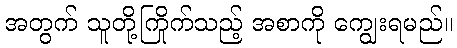
အတွက် သူတို့ကြိုက်သည့် အစာကို ကျွေးရမည်။